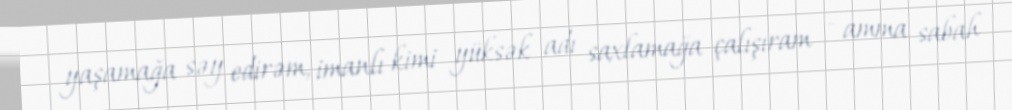
yaşamağa səy edirəm, imanlı kimi yüksək adı saxlamağa çalışıram - amma sabah